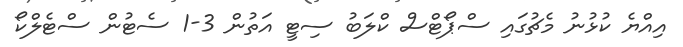
އިއްޔެ ކުޅުނު މެޗުގައި ސްޕޯޓްސް ކްލަބު ސިޓީ އަތުން 3-1 ސެޓުން ސްޓެލްކޯ